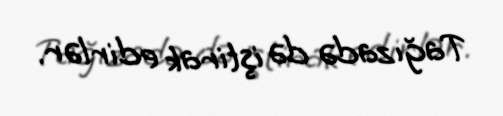
Tağızadə də iştirak edirlər.